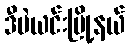
ဒီပဲယင်းမြို့နယ်